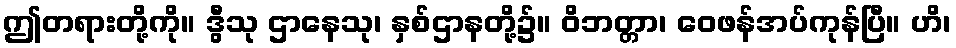
ဤတရားတို့ကို။ ဒွီသု ဌာနေသု၊ နှစ်ဌာနတို့၌။ ဝိဘတ္တာ၊ ဝေဖန်အပ်ကုန်ပြီ။ ဟိ၊